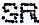
SR